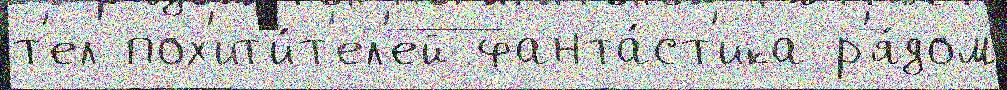
т'ел пох'ит'и́т'ел'ей фанта́ст'ика р'я́дом